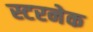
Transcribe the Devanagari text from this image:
स्टरनेक